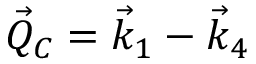
\vec { Q } _ { C } = \vec { k } _ { 1 } - \vec { k } _ { 4 }